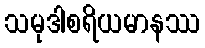
သမုဒါစရိယမာနဿ